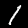
Digit: 1